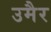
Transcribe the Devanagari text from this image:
उमैर